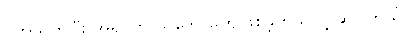
ပတ်သက်ပြီး အရင်က သဘောမကျဖြစ်ခဲ့တယ်လို့ ဆိုပါတယ်။